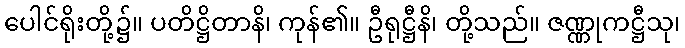
ပေါင်ရိုးတို့၌။ ပတိဋ္ဌိတာနိ၊ ကုန်၏။ ဦရုဋ္ဌီနိ၊ တို့သည်။ ဇဏ္ဏုကဋ္ဌီသု၊